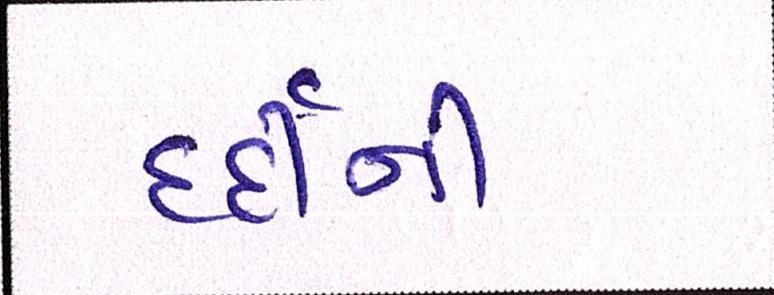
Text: દર્દીની